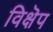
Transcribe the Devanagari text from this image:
विक्षॆप